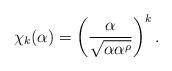
LaTeX: \begin{align*} \chi_k(\alpha) = \left( \frac{\alpha}{\sqrt{\alpha \alpha^\rho}} \right)^k.\end{align*}